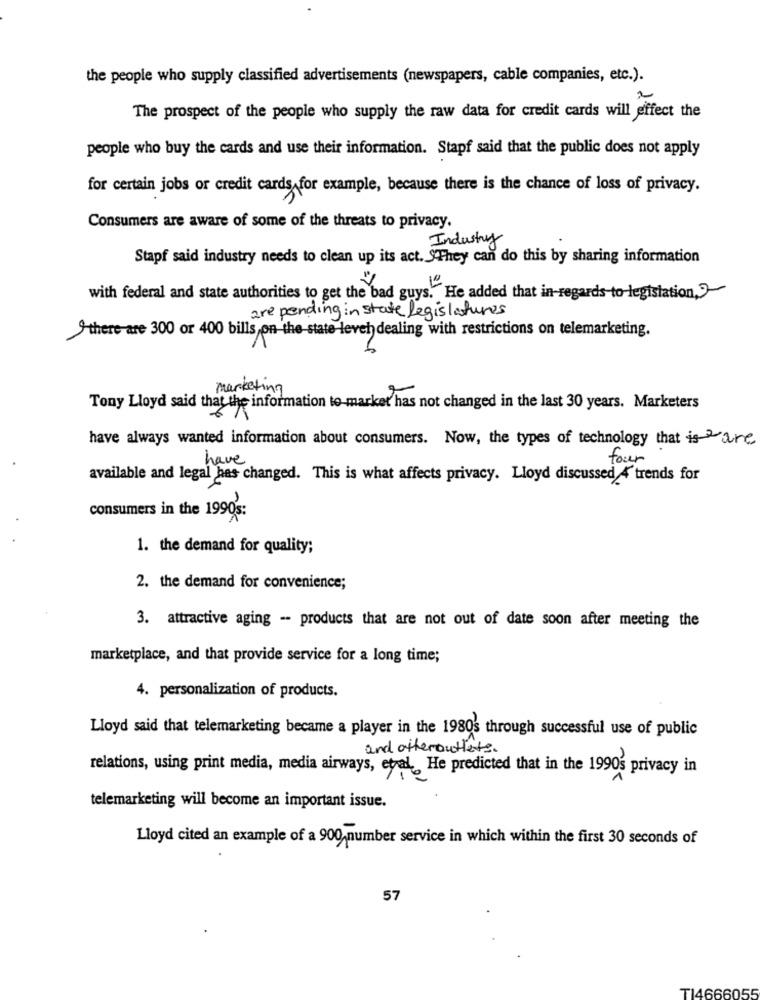
the people who supply classified advertisements (newspapers, cable companies, etc.).
The prospect of the people who supply the raw data for credit cards will effect the
people who buy the cards and use their information. Stapf said that the public does not apply
for certain jobs or credit cards for example, because there is the chance of loss of privacy.
Consumers are aware of some of the threats to privacy.
Industry
Stapf said industry needs to clean up its act. They can do this by sharing information
with federal and state authorities to get the bad guys." He added that in-regards-to-legislation ,-
are pending in state legislatures
9-there are 300 or 400 bills on the-state-level dealing with restrictions on telemarketing.
Tony Lloyd said that the information to-market has not changed in the last 30 years. Marketers
have always wanted information about consumers. Now, the types of technology that is are
have
four
available and legal has changed. This is what affects privacy. Lloyd discussed 4'trends for
consumers in the 1990's:
1. the demand for quality;
2. the demand for convenience;
3. attractive aging - products that are not out of date soon after meeting the
marketplace, and that provide service for a long time;
4. personalization of products.
Lloyd said that telemarketing became a player in the 1980's through successful use of public
and otheroutlets.
relations, using print media, media airways, etal. He predicted that in the 1990's privacy in
telemarketing will become an important issue.
Lloyd cited an example of a 900 number service in which within the first 30 seconds of
57
TI4666055